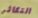
التكاثر